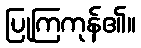
ပြုကြကုန်၏။